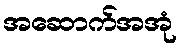
အဆောက်အအုံ